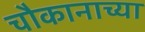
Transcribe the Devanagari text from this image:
चौकानाच्या